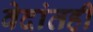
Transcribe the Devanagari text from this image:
वेदांतही